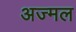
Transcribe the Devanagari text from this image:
अज्मल